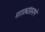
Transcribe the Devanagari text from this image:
मराठ्यांप्रमाणे